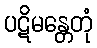
ပဋိမန္တေတုံ